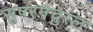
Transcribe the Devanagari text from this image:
सुपरनैचुरल